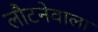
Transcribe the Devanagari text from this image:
लौटनेवाला